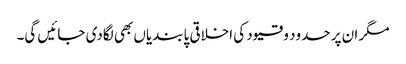
مگر ان پر حدود و قیود کی اخلاقی پابندیاں بھی لگادی جائیں گی۔